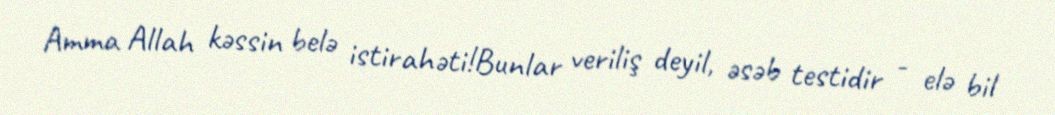
Amma Allah kəssin belə istirahəti!Bunlar veriliş deyil, əsəb testidir - elə bil